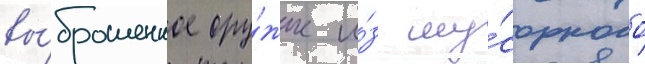
вы́брошенное ору́жие и́з му́сорного